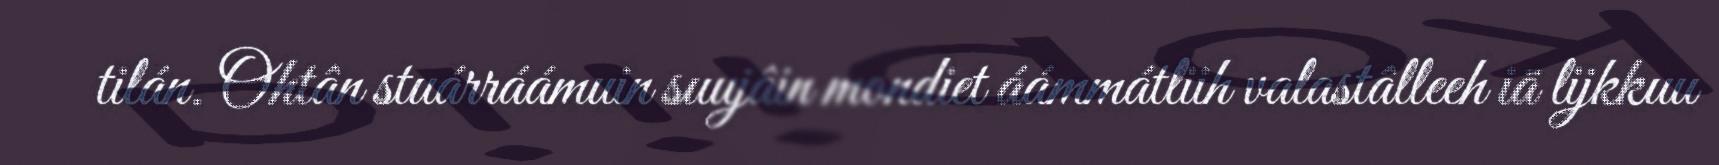
tilán. Ohtân stuárráámuin suujâin mondiet áámmátliih valastâlleeh iä lijkkuu